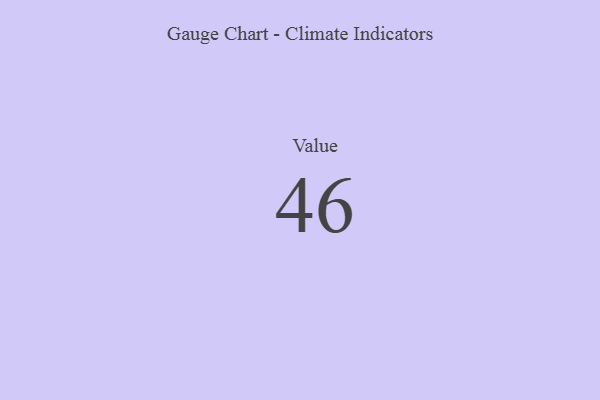
{"axis": {"x": "Metric", "y": "Value"}, "legend": [""], "data": [{"x": "Value", "y": 46, "type": ""}]}